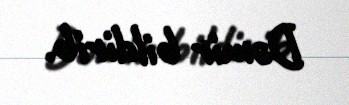
Dəmir bildirib.